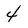
Character: 4